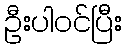
ဦးပါဝင်ပြီး